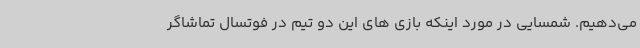
می‌دهیم. شمسایی در مورد اینکه بازی های این دو تیم در فوتسال تماشاگر